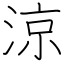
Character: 涼